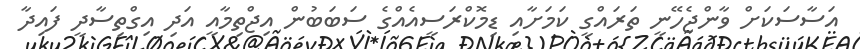
އަސާސަކަށް ވާންޖެހޭނީ ތަރައްގީ ކަމަށާއި ޑިމޮކްރަސީއެއްގެ ސަބަބުން އިޖްތިމާއީ އަދި އިގްތިސާދީ ފައިދާ